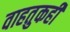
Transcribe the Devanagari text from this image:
वाहतुकही